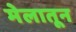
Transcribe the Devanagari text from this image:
मेलातून